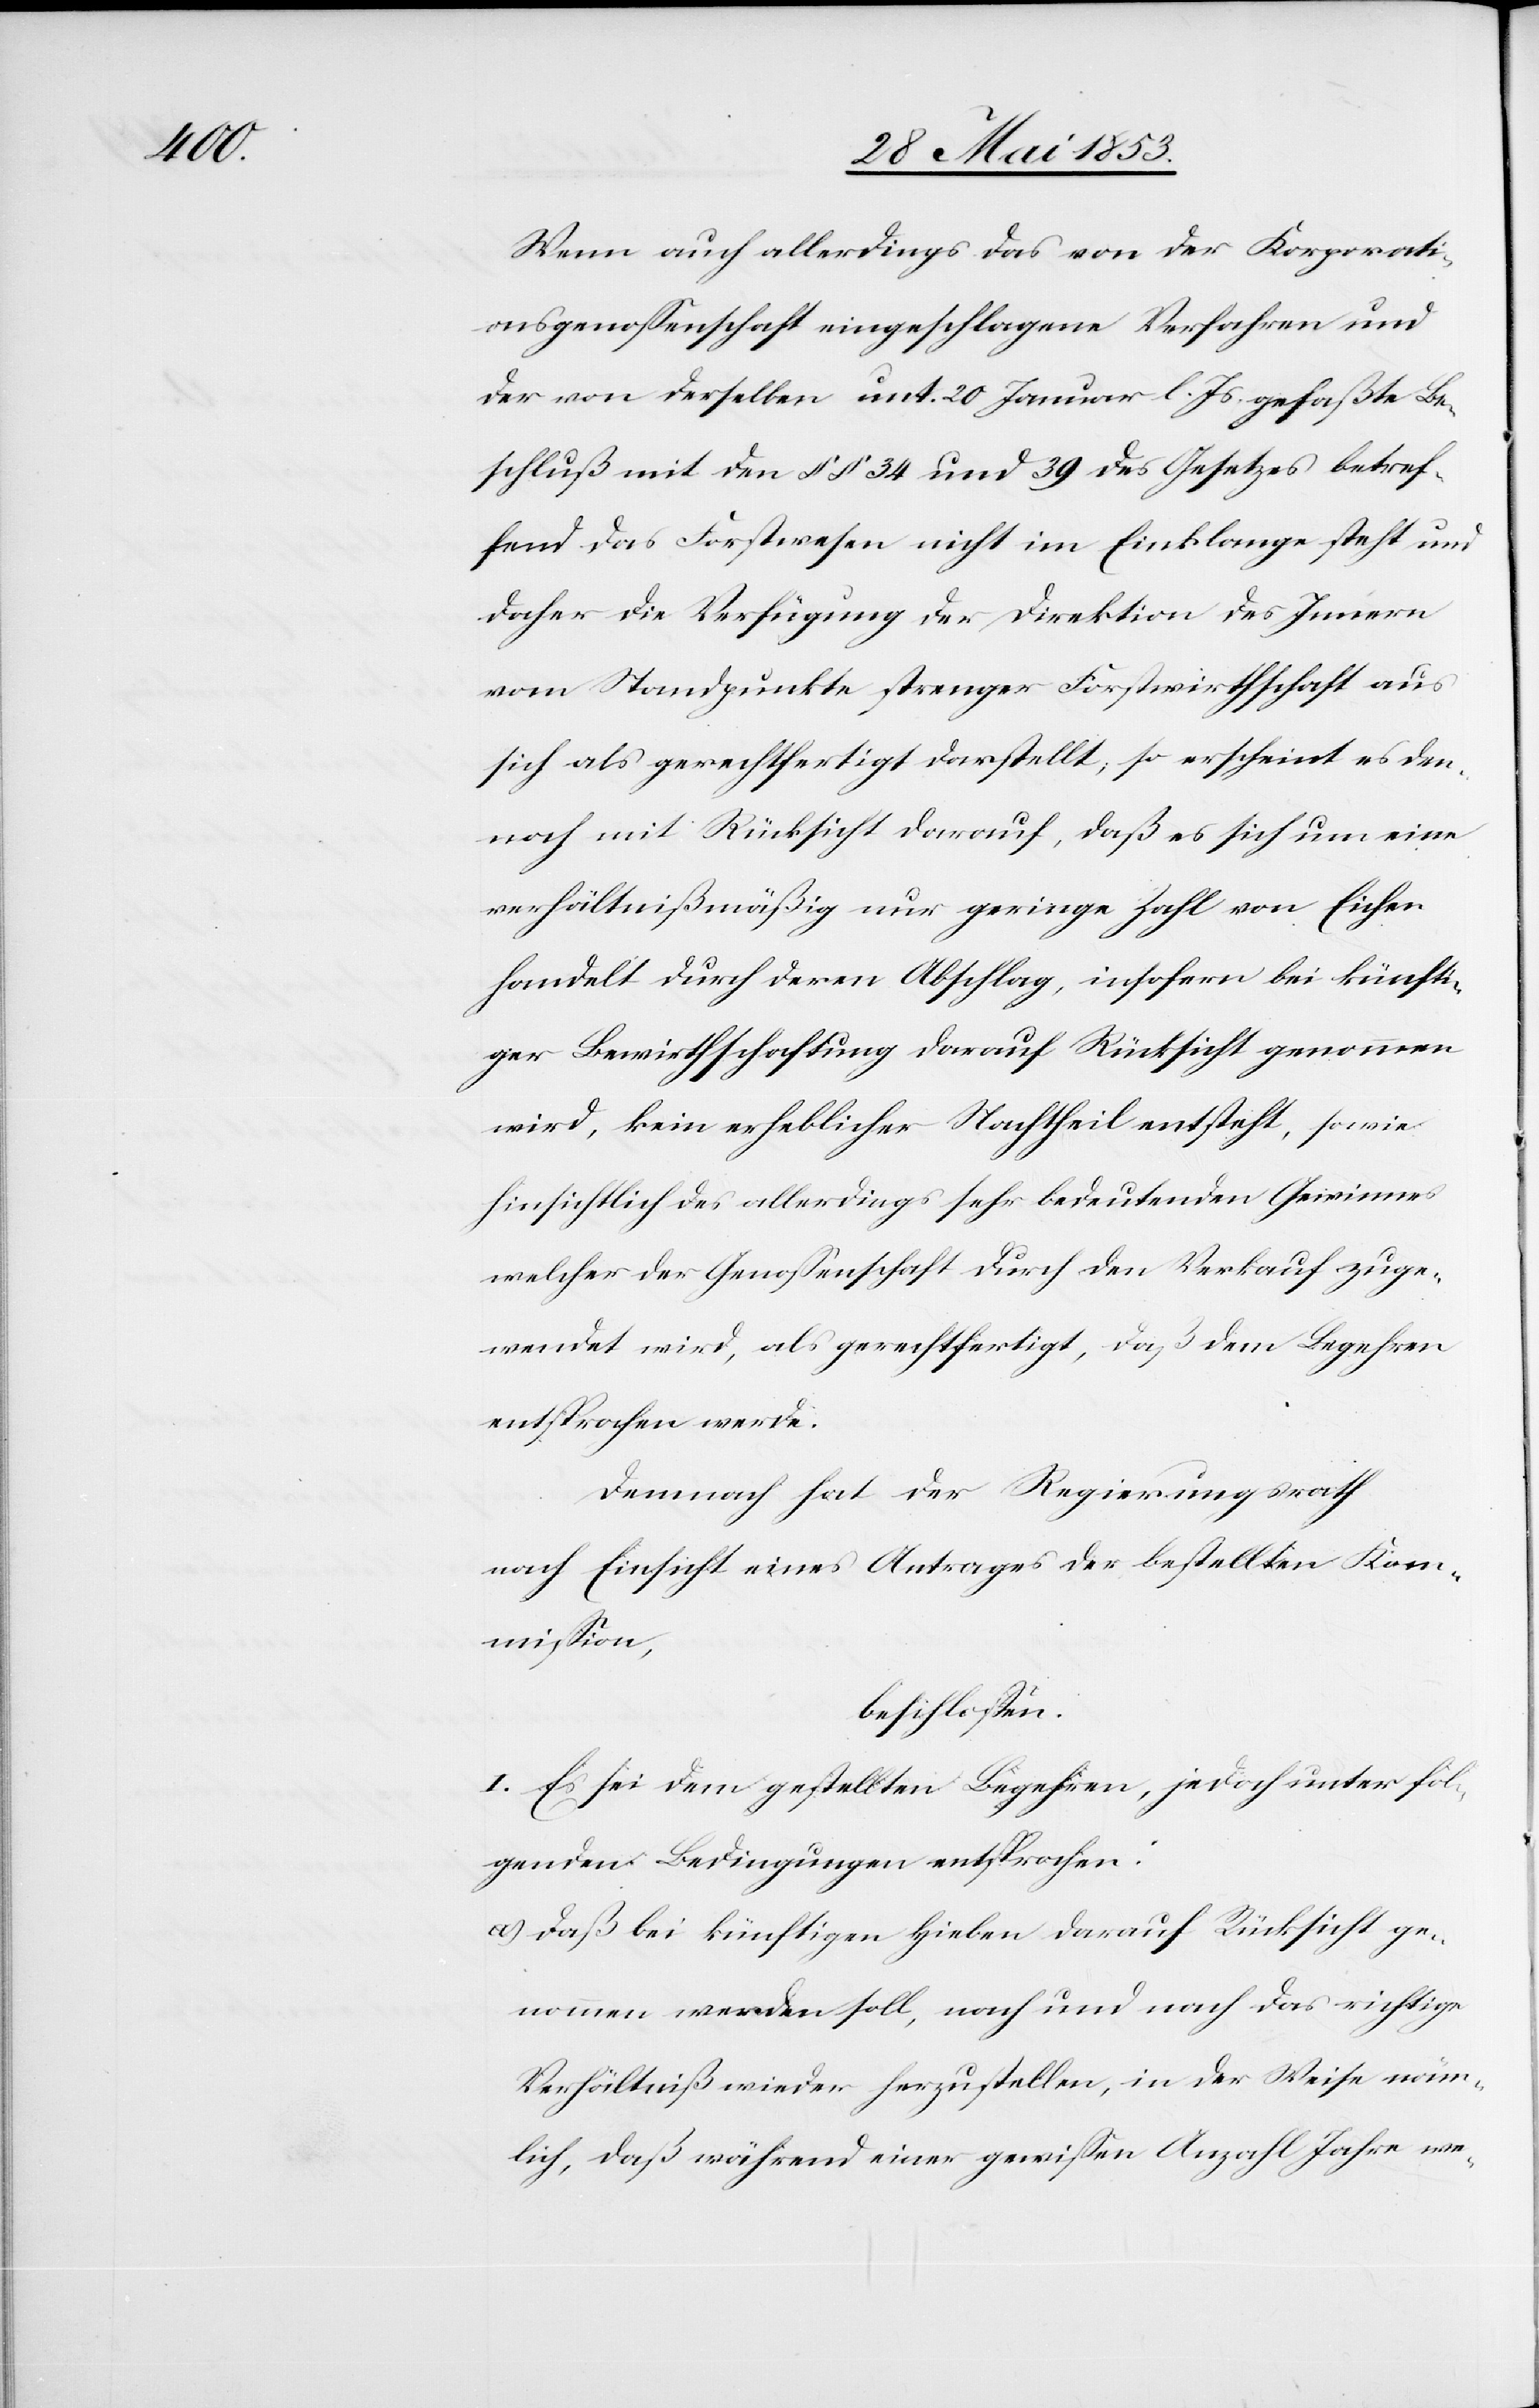
Wenn auch allerdings das von der Korporati¬
onsgesellschaft eingeschlagene Verfahren und
der von derselben unt. 20 Januar l. Js. gefaßte Be¬
schluß mit den §§ 34 und 39 des Gesetzes betref¬
fend das Forstwesen nicht im Einklange steht und
daher die Verfügung der Direktion des Innern
vom Standpunkte strenger Forstwirthschaft aus
sich gerechtfertigt darstellt, so erscheint es den¬
noch mit Rücksicht darauf, daß es sich um eine
verhältnißmäßig nur geringe Zahl von Eichen
handelt durch deren Abschlag, insofern bei künfti¬
ger Bewirthschaftung darauf Rücksicht genommen
wird, kein erheblicher Nachtheil entsteht, sowie
hinsichtlich des allerdings sehr bedeutenden Gewinnes
welcher die Genoßenschaft durch den Verkauf zuge¬
wendet wird, als gerechtfertigt, daß dem Begehren
entsprochen werde.
Demnach hat der Regierungsrath
nach Einsicht eines Antrages der bestellten
Kommißion,
beschloßen:
I. Es sei dem gestellten Begehren, jedoch unter fol¬
genden Bedingungen entsprochen:
a) daß bei künftigen Hieben darauf Rücksicht ge¬
nommen werden soll, nach und nach das richtige
Verhältniß wieder herzustellen, in der Weise näm¬
lich, daß während einer gewißen Anzahl Jahre we-